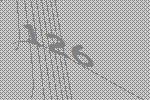
126